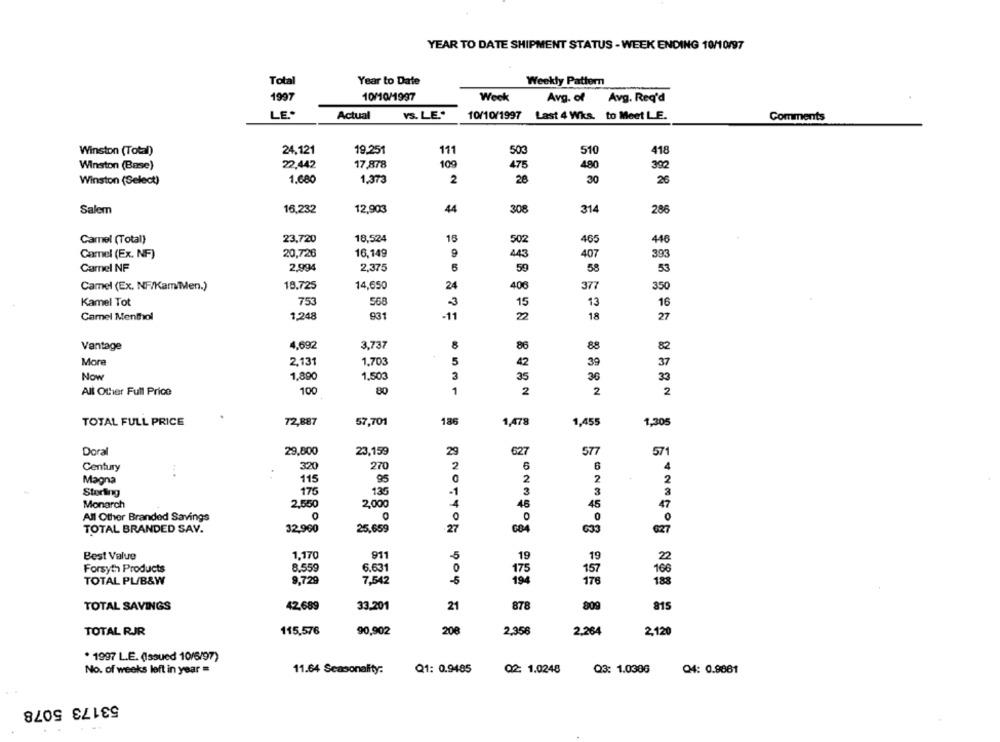
YEAR TO DATE SHIPMENT STATUS - WEEK ENDING 10/10/97
Tota
Year to Date
Weekly Pattern
10/10/1997
Week
Avg. of
1997
Avg. Req'd
LE
Actual
VS. LE."
10/10/1997 Last 4 Wks. to Meet L.E.
Comments
24,121
Winston (Total)
19,251
111
503
510
418
22,442
17,878
109
Winston (Base)
475
480
392
28
30
Winston (Select)
1.680
1,373
2
26
Salem
16,232
12,903
44
308
314
286
18,524
10
Camel (Total)
23,720
502
465
448
20,726
443
Camel (Ex. NF)
16,149
407
393
Camel NF
2.994
2.375
6
59
58
53
Camel (Ex. NF/Kam/Men.)
18.725
14,650
24
406
377
350
Kamel Tot
753
568
3
15
13
16
Camel Menthol
1,248
931
-11
2
18
27
Vantage
4,692
3,737
86
88
82
More
2,131
1.703
5
42
39
37
Now
1,890
1,503
3
35
36
33
All Other Full Price
100
80
1
2
2
2
TOTAL FULL PRICE
72,887
57,701
186
1,478
1,455
1,305
Doral
29,800
23,159
2
627
577
571
Century
320
270
4
.. .
Magna
115
95
2
2
2
175
136
3
Storting
3
Monarch
2,550
2,000
45
45
47
All Other Branded Savings
0
0
TOTAL BRANDED SAV.
32,990
25,659
633
627
Best Value
1,170
911
19
19
2
Forsyth Products
8.559
6.631
0
175
157
166
TOTAL PL/B&W
9,729
7,542
-6
194
176
188
TOTAL SAVINGS
42.689
33.201
21
878
809
815
& NOTION YOU A
TOTAL RJR
115,576
90,902
208
2.358
2,264
2,120
. 1997 L.E. (Issued 10/6/97)
No. of weeks left in year =
11.64 Seasonality:
Q1: 0.9485
Q2 1.0248 Q3: 1.0306
04: 0.9861
53173 5078